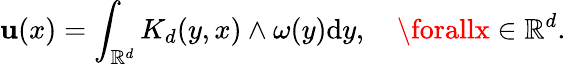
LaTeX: \mathbf{u}(x)=\int_{\mathbb{{R}}^{d}}K_{d}(y,x)\wedge\omega(y)\mathrm{{d}}y,\quad\forallx\in\mathbb{{R}}^{d}.